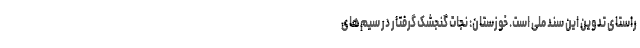
راستای تدوین این سند ملی است. خوزستان: نجات گنجشک گرفتار در سیم‌های